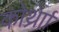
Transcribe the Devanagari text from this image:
कोर्थ्रेाा